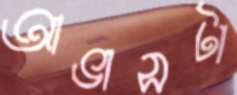
আভাসটা